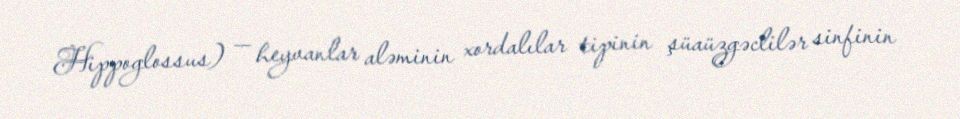
Hippoglossus) — heyvanlar aləminin xordalılar tipinin şüaüzgəclilər sinfinin